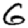
Digit: 6